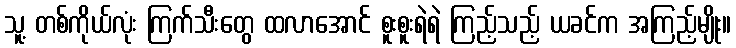
သူ့ တစ်ကိုယ်လုံး ကြက်သီးတွေ ထလာအောင် စူးစူးရဲရဲ ကြည့်သည့် ယခင်က အကြည့်မျိုး။